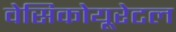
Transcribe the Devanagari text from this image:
वेसिकोयूरेटल